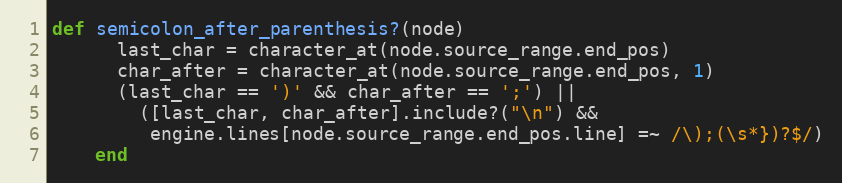
Language: Ruby
def semicolon_after_parenthesis?(node)
      last_char = character_at(node.source_range.end_pos)
      char_after = character_at(node.source_range.end_pos, 1)
      (last_char == ')' && char_after == ';') ||
        ([last_char, char_after].include?("\n") &&
         engine.lines[node.source_range.end_pos.line] =~ /\);(\s*})?$/)
    end